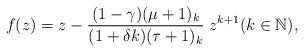
LaTeX: \begin{align*}f(z) = z- \dfrac{(1- \gamma) (\mu+1)_{k}}{(1+\delta k) (\tau+1)_{k}}\;z^{k+1}(k \in \mathbb{N}),\end{align*}